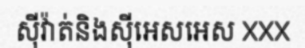
ស៊ីវ៉ាត់និងស៊ីអេសអេស XXX